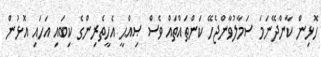
ހޮޅިން ކާންދޭނަމަ ސަމާލުވާންޖެހޭ ކަންތައްތައް ވެސް ޞިއްޙީ އެހީތެރިންގެ ކިބައި އަހައި އޮޅުން